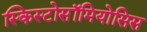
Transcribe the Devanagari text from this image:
स्किस्टोसॉमियोसिस